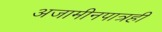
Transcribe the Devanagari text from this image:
अजामीनपात्रही